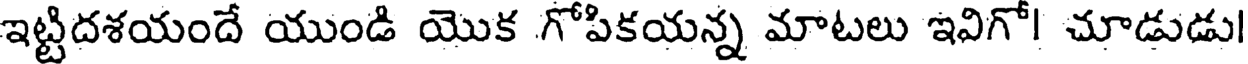
ఇట్టిదశయందే యుండి యొక గోపికయన్న మాటలు ఇవిగో! చూడుడు